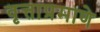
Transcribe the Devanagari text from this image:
वृत्ताप्रमाणे